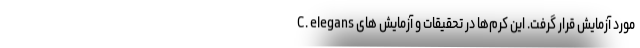
C. elegans مورد آزمایش قرار گرفت. این کرم‌ها در تحقیقات و آزمایش های